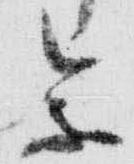
参